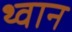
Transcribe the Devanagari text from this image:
थ्वान